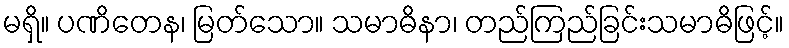
မရှိ။ ပဏိတေန၊ မြတ်သော။ သမာဓိနာ၊ တည်ကြည်ခြင်းသမာဓိဖြင့်။